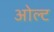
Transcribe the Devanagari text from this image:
ओल्ट